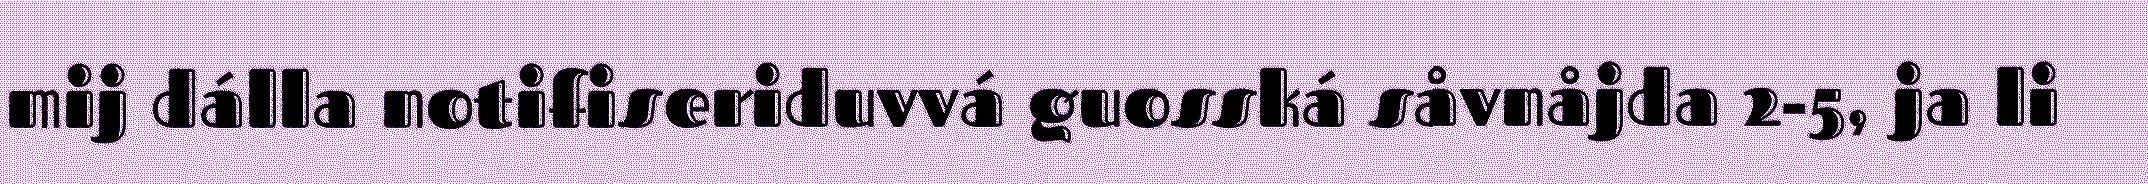
mij dálla notifiseriduvvá guosská såvnåjda 2-5, ja li